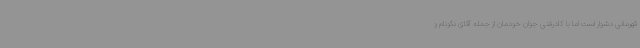
قهرمانی دشوار است اما با کادرفنی جوان خودمان از جمله آقای نکونام و